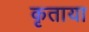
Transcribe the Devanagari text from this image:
कृताया